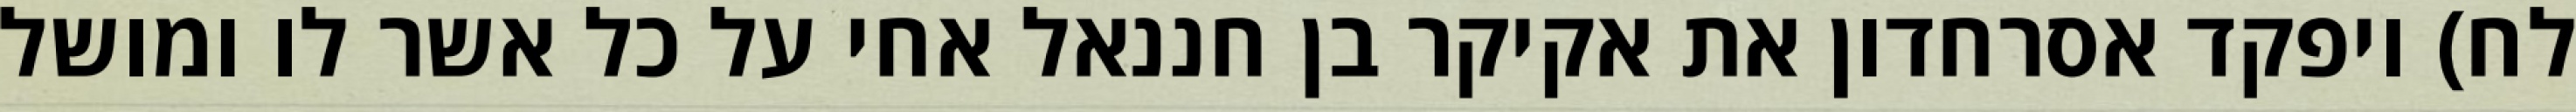
לח) ויפקד אסרחדון את אקיקר בן חננאל אחי על כל אשר לו ומושל